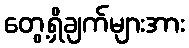
တွေ့ရှိချက်များအား